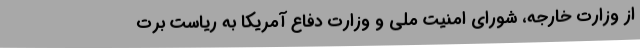
از وزارت خارجه، شورای امنیت ملی و وزارت دفاع آمریکا به ریاست برت